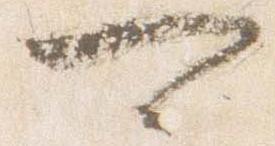
可